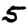
Digit: 5